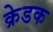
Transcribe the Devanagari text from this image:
क्रेडक